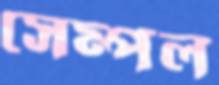
সেম্পল